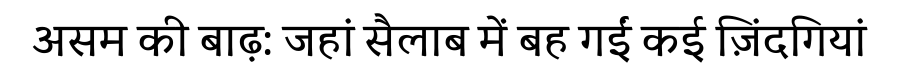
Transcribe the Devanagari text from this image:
असम की बाढ़: जहां सैलाब में बह गईं कई ज़िंदगियां